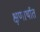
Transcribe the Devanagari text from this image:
क्षणार्थात